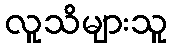
လူသိများသူ